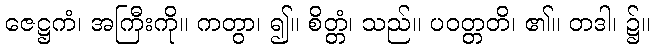
ဇေဋ္ဌကံ၊ အကြီးကို။ ကတွာ၊ ၍။ စိတ္တံ၊ သည်။ ပဝတ္တတိ၊ ၏။ တဒါ၊ ၌။